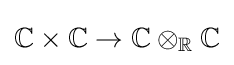
\mathbb {C} \times \mathbb {C} \to \mathbb {C} \otimes _{\mathbb {R} }\mathbb {C}